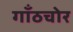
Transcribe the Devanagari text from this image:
गाँठचोर